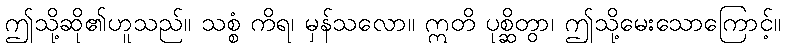
ဤသို့ဆို၏ဟူသည်။ သစ္စံ ကိရ၊ မှန်သလော။ ဣတိ ပုစ္ဆိတွာ၊ ဤသို့မေးသောကြောင့်။